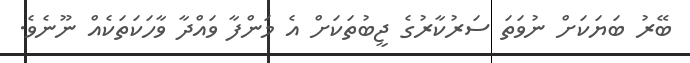
ބޭރު ބަޔަކަށް ނުވަތަ ސަރުކާރުގެ ޖީބުތަކަށް އެ މަންފާ ވައްދާ ވާހަކަތަކެއް ނޫނެވެ.